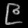
Digit: ၉